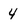
Character: 4